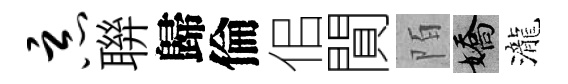
恶聨歸倫佀閴陌嬌瀧